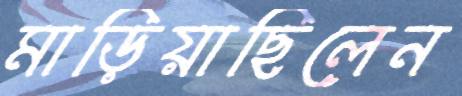
মাড়িয়াছিলেন